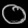
Digit: ၀